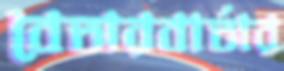
বেতারবার্তার